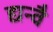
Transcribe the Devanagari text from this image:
द्यन्वै